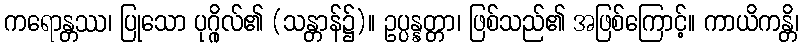
ကရောန္တဿ၊ ပြုသော ပုဂ္ဂိုလ်၏ (သန္တာန်၌)။ ဥပ္ပန္နတ္တာ၊ ဖြစ်သည်၏ အဖြစ်ကြောင့်။ ကာယိကန္တိ၊